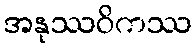
အနုဿဝိကဿ